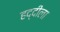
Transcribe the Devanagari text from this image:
हद्दीला